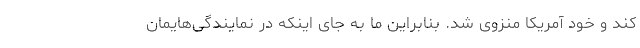
کند و خود آمریکا منزوی شد. بنابراین ما به جای اینکه در نمایندگی‌هایمان